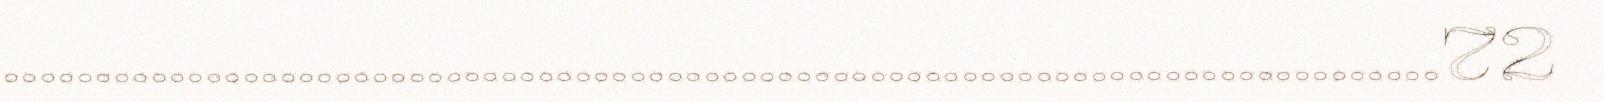
..............................................................................72